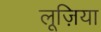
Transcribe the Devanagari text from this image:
लूज़िया